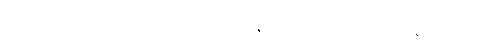
အစိုးရအဖွဲ့သစ်တွင် လုပ်ငန်းစီမံချက်အား ရဟမတွလ္လာဟ် သုတေသနဖြစ်ပါသည်